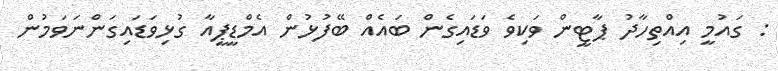
: ގައުމީ އިއްތިހާދު ޕާޓީން ވަކިވެ ވަޑައިގެން ބައެއް ބޭފުޅުން އެމްޑީޕީއާ ގުޅިވަޑައިގަންނަވަމުން